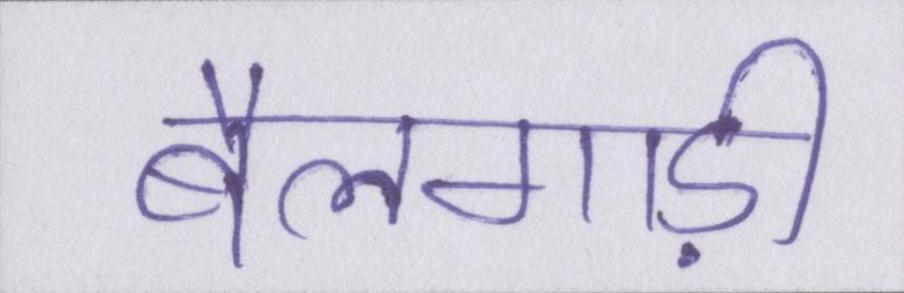
बैलगाड़ी